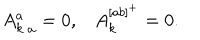
\begin{matrix} { { { A _ { k } ^ { a } } _ { \, a } = 0 , } } & { { A _ { k } ^ { [ a b ] ^ { + } } = 0 . } } \\ \end{matrix}